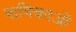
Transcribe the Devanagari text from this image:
वाचिकाओं